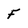
Character: F